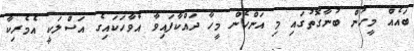
ބައެއް މީހުން ބުނާގޮތުގައި މި އަންހެން މީހާ ދައްކާފައިވާ އެވާހަކައިގެ އަސްލަކީ އެމެރިކާ